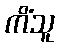
ကိံသူ